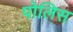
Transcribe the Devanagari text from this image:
पोलिस